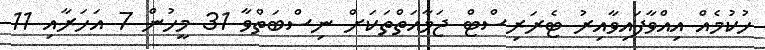
ހުކުމެއް އިއްވާފައިވާއިރު ޓެރަރިސްޓް ޖަމާއަތްތަކަށް ނިސްބަތްވާ 31 މީހުން 7 އަހަރާއި 11